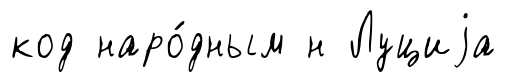
код наро́дным н Луциjа